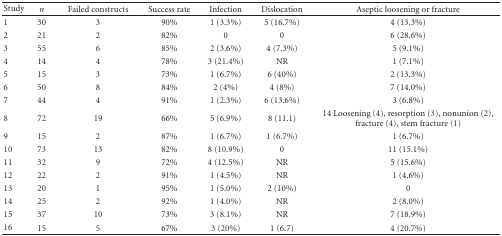
<table><thead><tr><td><b>Study</b></td><td><b><i>n</i></b></td><td><b>Failed constructs</b></td><td><b>Success rate</b></td><td><b>Infection</b></td><td><b>Dislocation</b></td><td><b>Aseptic loosening or fracture</b></td></tr></thead><tbody><tr><td>1</td><td>30</td><td>3</td><td>90%</td><td>1 (3.3%)</td><td>5 (16.7%)</td><td>4 (13.3%)</td></tr><tr><td>2</td><td>21</td><td>2</td><td>82%</td><td>0</td><td>0</td><td>6 (28.6%)</td></tr><tr><td>3</td><td>55</td><td>6</td><td>85%</td><td>2 (3.6%)</td><td>4 (7.3%)</td><td>5 (9.1%)</td></tr><tr><td>4</td><td>14</td><td>4</td><td>78%</td><td>3 (21.4%)</td><td>NR</td><td>1 (7.1%)</td></tr><tr><td>5</td><td>15</td><td>3</td><td>73%</td><td>1 (6.7%)</td><td>6 (40%)</td><td>2 (13.3%)</td></tr><tr><td>6</td><td>50</td><td>8</td><td>84%</td><td>2 (4%)</td><td>4 (8%)</td><td>7 (14.0%)</td></tr><tr><td>7</td><td>44</td><td>4</td><td>91%</td><td>1 (2.3%)</td><td>6 (13.6%)</td><td>3 (6.8%)</td></tr><tr><td>8</td><td>72</td><td>19</td><td>66%</td><td>5 (6.9%)</td><td>8 (11.1)</td><td>14 Loosening (4), resorption (3), nonunion (2), fracture (4), stem fracture (1)</td></tr><tr><td>9</td><td>15</td><td>2</td><td>87%</td><td>1 (6.7%)</td><td>1 (6.7%)</td><td>1 (6.7%)</td></tr><tr><td>10</td><td>73</td><td>13</td><td>82%</td><td>8 (10.9%)</td><td>0</td><td>11 (15.1%)</td></tr><tr><td>11</td><td>32</td><td>9</td><td>72%</td><td>4 (12.5%)</td><td>NR</td><td>5 (15.6%)</td></tr><tr><td>12</td><td>22</td><td>2</td><td>91%</td><td>1 (4.5%)</td><td>NR</td><td>1 (4.6%)</td></tr><tr><td>13</td><td>20</td><td>1</td><td>95%</td><td>1 (5.0%)</td><td>2 (10%)</td><td>0</td></tr><tr><td>14</td><td>25</td><td>2</td><td>92%</td><td>1 (4.0%)</td><td>NR</td><td>2 (8.0%)</td></tr><tr><td>15</td><td>37</td><td>10</td><td>73%</td><td>3 (8.1%)</td><td>NR</td><td>7 (18.9%)</td></tr><tr><td>16</td><td>15</td><td>5</td><td>67%</td><td>3 (20%)</td><td>1 (6.7)</td><td>4 (20.7%)</td></tr></tbody></table>